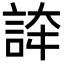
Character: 𧧳